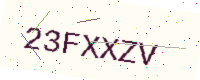
Text: 23FXXZV